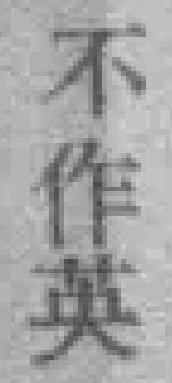
不作英